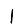
Digit: 1